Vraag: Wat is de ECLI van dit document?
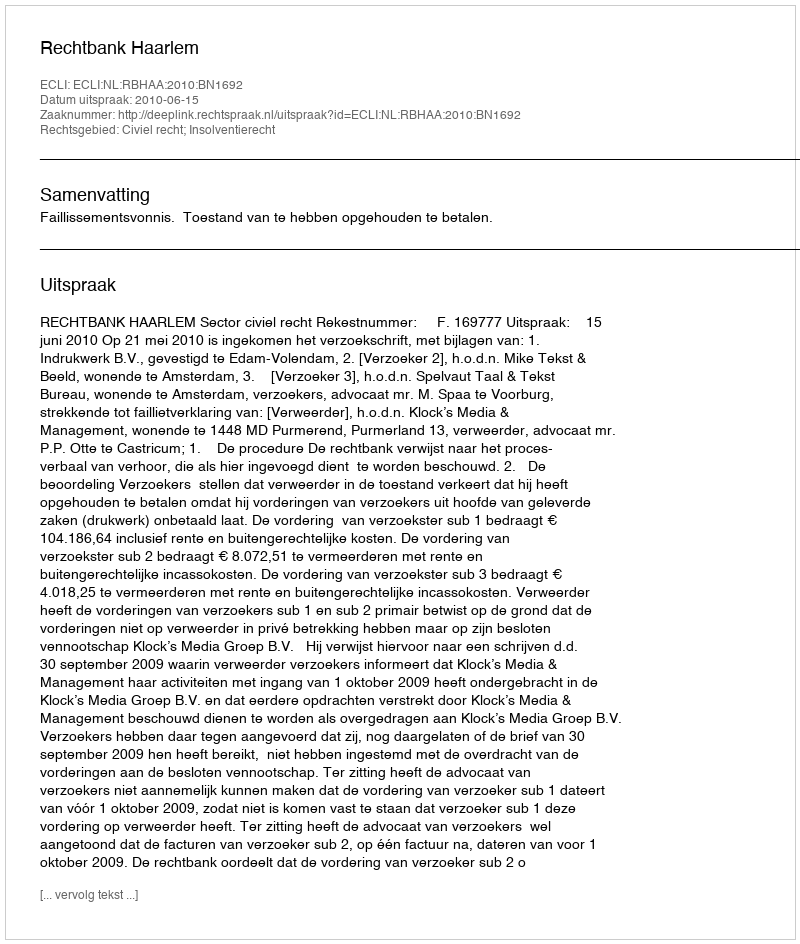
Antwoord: ECLI:NL:RBHAA:2010:BN1692